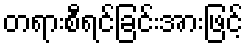
တရားစီရင်ခြင်းအားဖြင့်